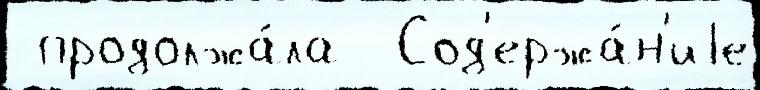
 продолжа́ла  Сод'ержа́н'иjе